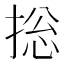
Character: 捴